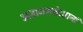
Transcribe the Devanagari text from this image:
अज्ञानसर्पदष्टानां